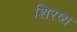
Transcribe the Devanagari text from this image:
शिरष्य